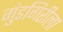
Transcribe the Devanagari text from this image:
गुंडगिरीला